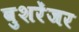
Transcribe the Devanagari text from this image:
बुशरेंजर